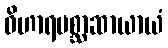
ဝိဟာရပစ္ဆာဆာယာယံ